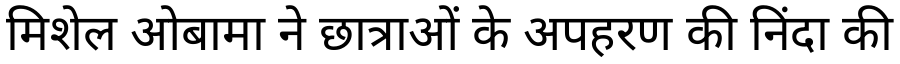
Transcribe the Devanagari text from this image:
मिशेल ओबामा ने छात्राओं के अपहरण की निंदा की